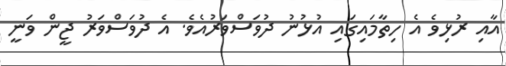
އާއި ރުޅިވެ އެ ހިތާމައިގައި އުޅުނު ދުވަސްވަރުއެވެ. އެ ދުވަސްވަރު ޖީން ވަނީ